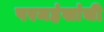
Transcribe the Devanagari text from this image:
परमहंसांची